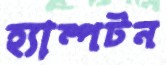
হ্যাম্পটন